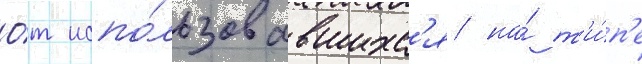
О́т испо́льзовавшихс'я на́ т'и́п'е